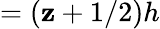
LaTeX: =(\mathbf{z}+1/2)h